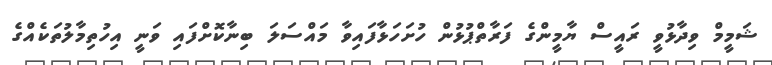
ޝަމީމް ވިދާޅުވީ ރައީސް ޔާމީންގެ ފަރާތްޕުޅުން ހުށަހަޅާފައިވާ މައްސަލަ ބިނާކޮށްފައި ވަނީ އިހުތިމާލުތަކެއްގެ